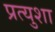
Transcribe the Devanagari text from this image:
प्रत्युशा